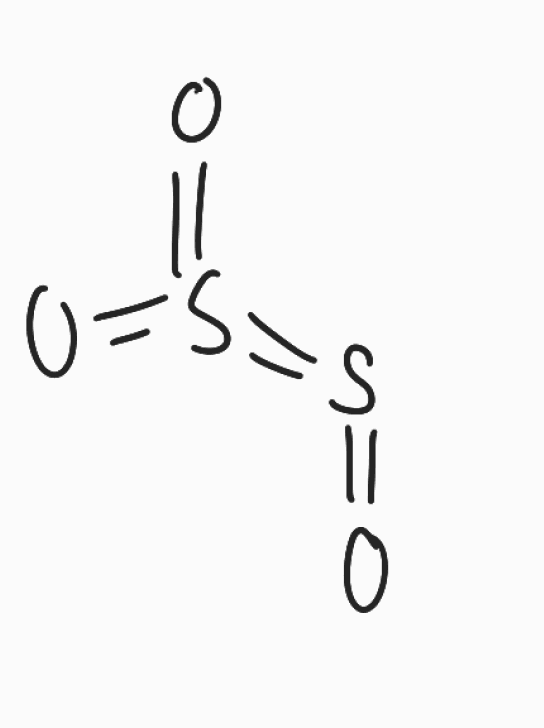
Simplified molecular-input line-entry system (SMILES) notation of the given molecule:
O=S=S(=O)=O